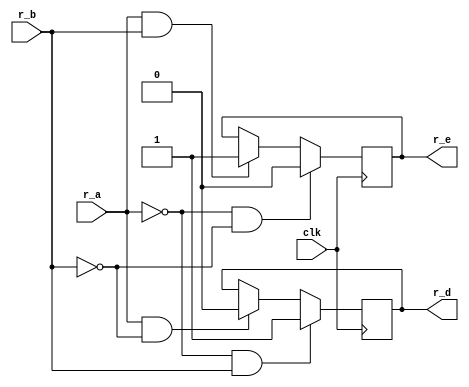
`timescale 1ns / 1ps
//////////////////////////////////////////////////////////////////////////////////
// Company: 
// Engineer: 
// 
// Design Name: 
// Module Name:    check 
// Project Name: 
// Target Devices: 
// Tool versions: 
// Description: 
//
// Dependencies: 
//
// Revision: 
// Revision 0.01 - File Created
// Additional Comments: 
//
//////////////////////////////////////////////////////////////////////////////////
module check(clk,r_a,r_b,r_d,r_e
    );
         input clk;
         input r_a;
         input r_b;
         output reg r_d,r_e;
always @(posedge clk) begin
        if(r_a==1 && r_b==1) begin
        r_e<=1;
        end
        if(r_a==0 && r_b==0) begin
        r_e<=0;
        end
        if(r_a==1 && r_b==0) begin
        r_d<=0;
        end
        if(r_a==0 && r_b==1) begin
        r_d<=1;
        end
end
endmodule